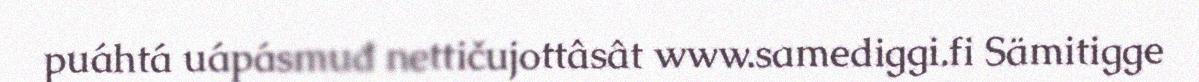
puáhtá uápásmuđ nettičujottâsât www.samediggi.fi Sämitigge